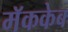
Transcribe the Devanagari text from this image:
मॅककेब